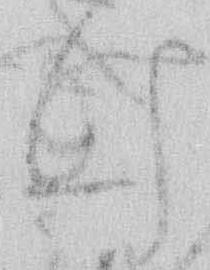
け